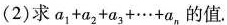
(2)求a1+a2+a3+…+a，的值。